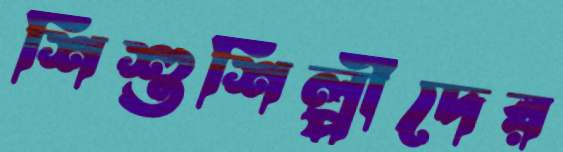
শিশুশিল্পীদের